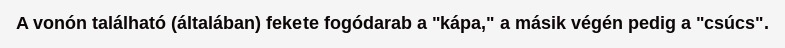
A vonón található (általában) fekete fogódarab a "kápa," a másik végén pedig a "csúcs".